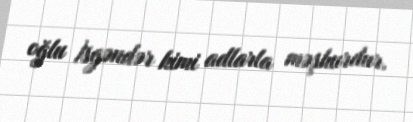
oğlu İsgəndər kimi adlarla məşhurdur.